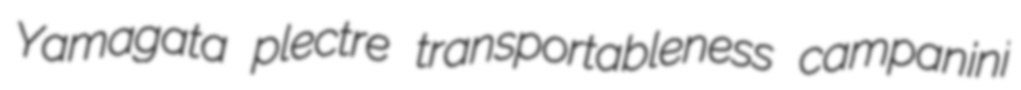
Yamagata plectre transportableness campanini